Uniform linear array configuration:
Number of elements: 8
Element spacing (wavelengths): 1
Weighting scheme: exponential
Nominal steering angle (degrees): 60
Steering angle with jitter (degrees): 60.767
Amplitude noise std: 0.05
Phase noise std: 0.05

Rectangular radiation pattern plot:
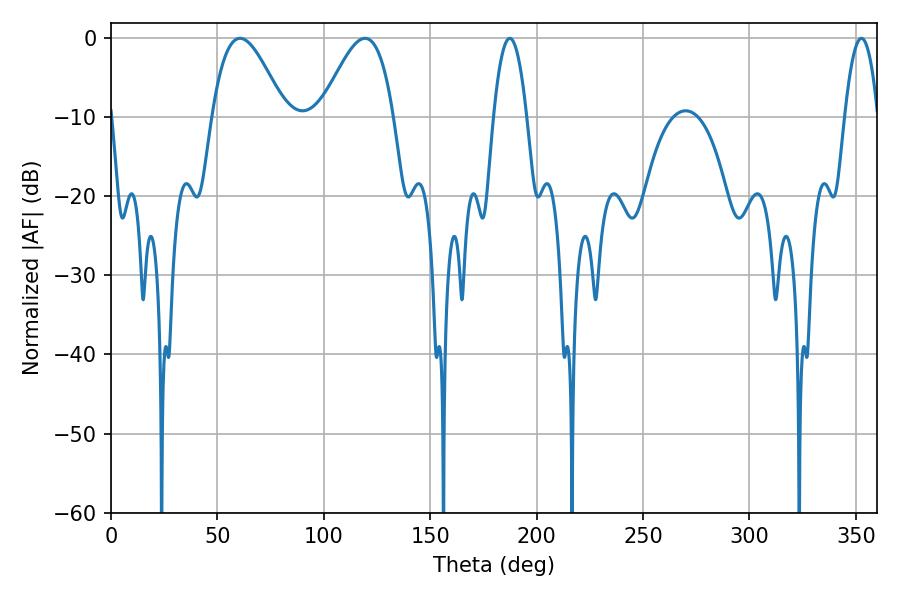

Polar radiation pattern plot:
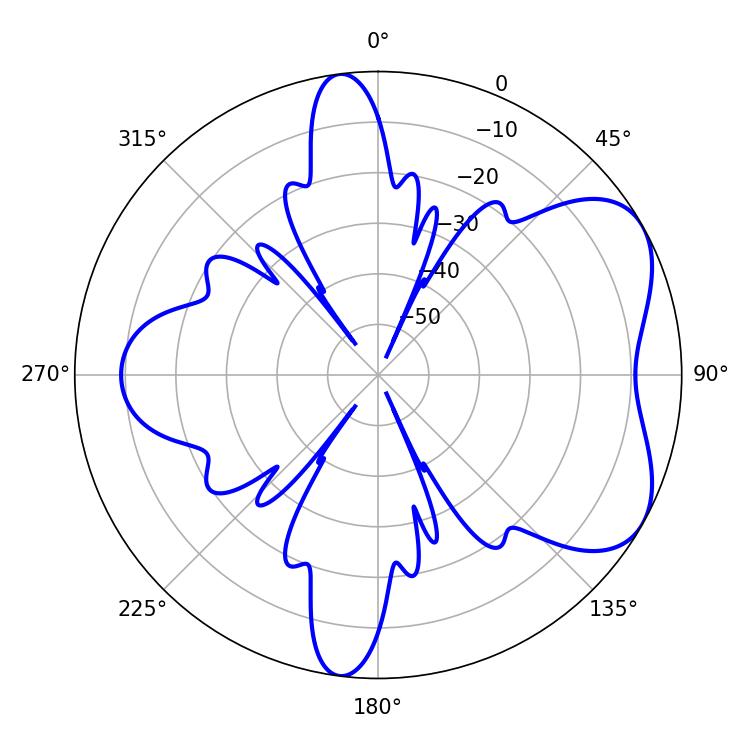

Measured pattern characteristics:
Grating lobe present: TRUE
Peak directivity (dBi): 5.568
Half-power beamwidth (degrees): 8.64
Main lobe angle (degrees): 187.38